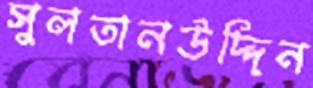
সুলতানউদ্দিন